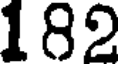
182